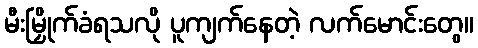
မီးမြှိုက်ခံရသလို ပူကျက်နေတဲ့ လက်မောင်းတွေ။